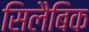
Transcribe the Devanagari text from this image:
सिलैबिक